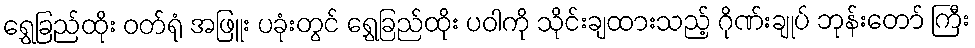
ရွှေခြည်ထိုး ဝတ်ရုံ အဖြူး ပခုံးတွင် ရွှေခြည်ထိုး ပဝါကို သိုင်းချထားသည့် ဂိုဏ်းချုပ် ဘုန်းတော် ကြီး